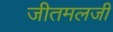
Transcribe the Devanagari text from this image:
जीतमलजी